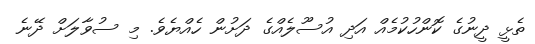
ތެޅީ ދީނުގެ ކޮންހުކުމެއް އަދި އުސޫލެއްގެ ދަށުން ހެއްޔެވެ. މި ސުވާލަށް ދޭނެ